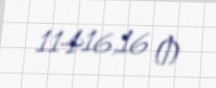
11416,16 ₼